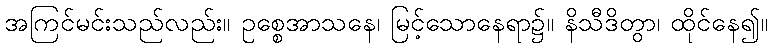
အကြင်မင်းသည်လည်း။ ဥစ္စေအာသနေ၊ မြင့်သောနေရာ၌။ နိသီဒိတွာ၊ ထိုင်နေ၍။